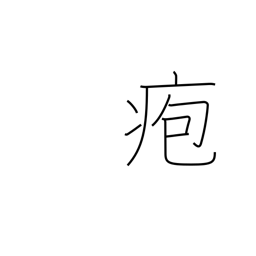
Meaning: blister